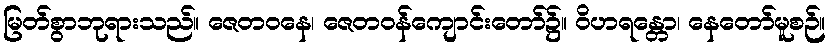
မြတ်စွာဘုရားသည်။ ဇေတဝနေ၊ ဇေတဝန်ကျောင်းတော်၌။ ဝိဟရန္တော၊ နေတော်မူစဉ်။